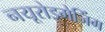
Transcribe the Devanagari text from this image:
नयूरोइमेजिंग